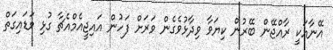
އޭނާއަކީ ރާއްޖޭން ބޭރުން ކިޔަވާ ވިދާޅުވެގެން ވަރަށް ފަހުން އައިޖީއެމްއެޗާ ގުޅި ވަޑައިގަތް